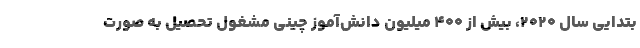
بتدایی سال 2020، بیش از 400 میلیون دانش‌آموز چینی مشغول تحصیل به صورت